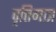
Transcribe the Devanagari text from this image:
वृत्तिमात्र